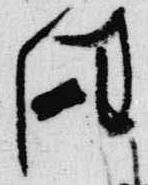
任